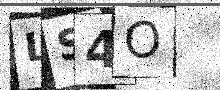
Text: LS4O